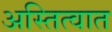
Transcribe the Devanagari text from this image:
अस्तित्‍वात